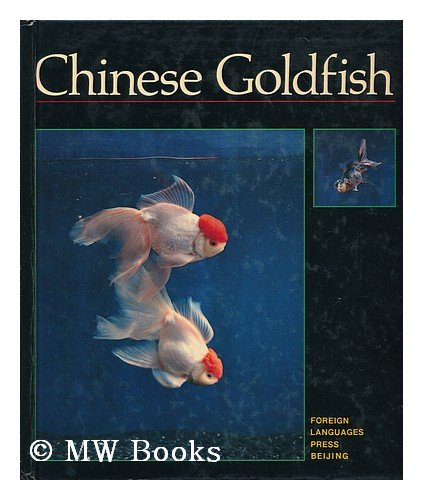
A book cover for Chinese Goldfish; Zhen Li; Crafts, Hobbies & Home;